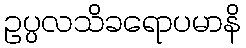
ဥပ္ပလသိခရောပမာနိ